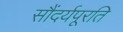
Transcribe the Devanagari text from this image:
सौंदर्यपूरति